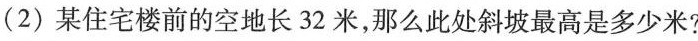
(2)某住宅楼前的空地长32米，那么此处斜坡最高是多少米?